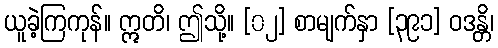
ယူခဲ့ကြကုန်။ ဣတိ၊ ဤသို့။ [၀၂] စာမျက်နှာ [၃၉၁] ဝဒန္တိ၊